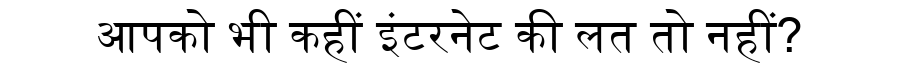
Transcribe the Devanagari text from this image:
आपको भी कहीं इंटरनेट की लत तो नहीं?